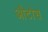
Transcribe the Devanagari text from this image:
औटोस